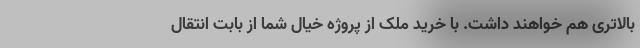
بالاتری هم خواهند داشت. با خرید ملک از پروژه خیال شما از بابت انتقال